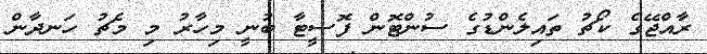
ރާއްޖޭގެ ކޯޗު ތައިލެންޑުގެ ސުންޓޮން ފޮސީޓާ ބުނީ މިހާރު މި މެޗު ހަނދާން